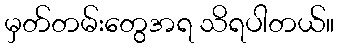
မှတ်တမ်းတွေအရ သိရပါတယ်။